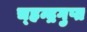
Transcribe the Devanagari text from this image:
च्हन्द्रगुप्त